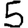
Digit: 5